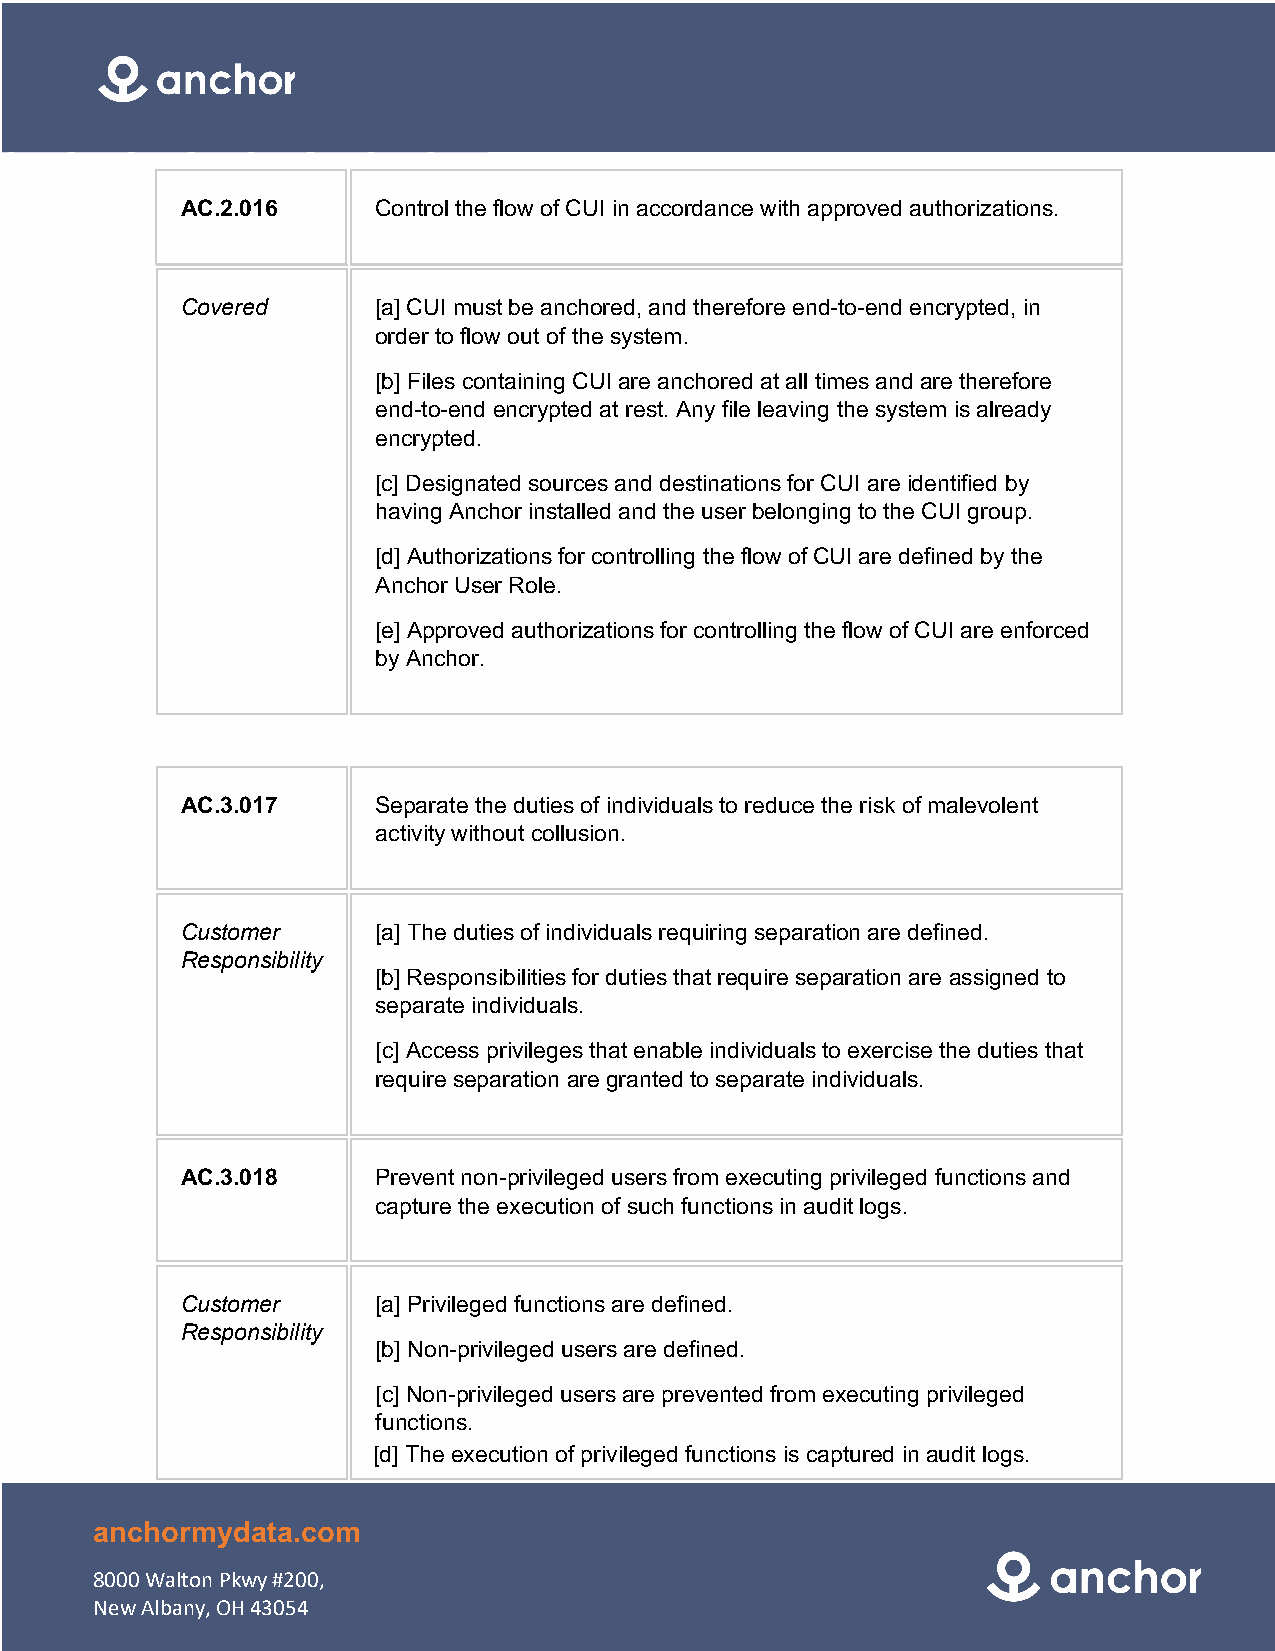
AC.2.016     Control the flow of CUI in accordance with approved authorizations.
 Covered      [a] CUI must be anchored, and therefore end-to-end encrypted, in
 order to flow out of the system.
 [b] Files containing CUI are anchored at all times and are therefore
 end-to-end encrypted at rest. Any file leaving the system is already
 encrypted.
 [c] Designated sources and destinations for CUI are identified by
 having Anchor installed and the user belonging to the CUI group.
 [d] Authorizations for controlling the flow of CUI are defined by the
 Anchor User Role.
 [e] Approved authorizations for controlling the flow of CUI are enforced
 by Anchor.
 AC.3.017     Separate the duties of individuals to reduce the risk of malevolent
 activity without collusion.
 Customer     [a] The duties of individuals requiring separation are defined.
 Responsibility
 [b] Responsibilities for duties that require separation are assigned to
 separate individuals.
 [c] Access privileges that enable individuals to exercise the duties that
 require separation are granted to separate individuals.
 AC.3.018     Prevent non-privileged users from executing privileged functions and
 capture the execution of such functions in audit logs.
 Customer     [a] Privileged functions are defined.
 Responsibility
 [b] Non-privileged users are defined.
 [c] Non-privileged users are prevented from executing privileged
 functions.
 [d] The execution of privileged functions is captured in audit logs.
 anchormydata.com
 8000 Walton Pkwy #200,
 New Albany, OH 43054